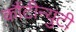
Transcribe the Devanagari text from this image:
कौंटीन्युटी